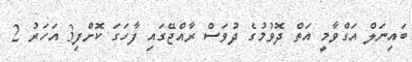
ބައިނަލް އަގްވާމީ އަތް ދޮވުމުގެ ދުވަސް ރާއްޖޭގައި ފާހަގަ ކޮށްފި3 އަހަރު 2